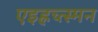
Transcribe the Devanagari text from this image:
एइह्नच्त्स्मन